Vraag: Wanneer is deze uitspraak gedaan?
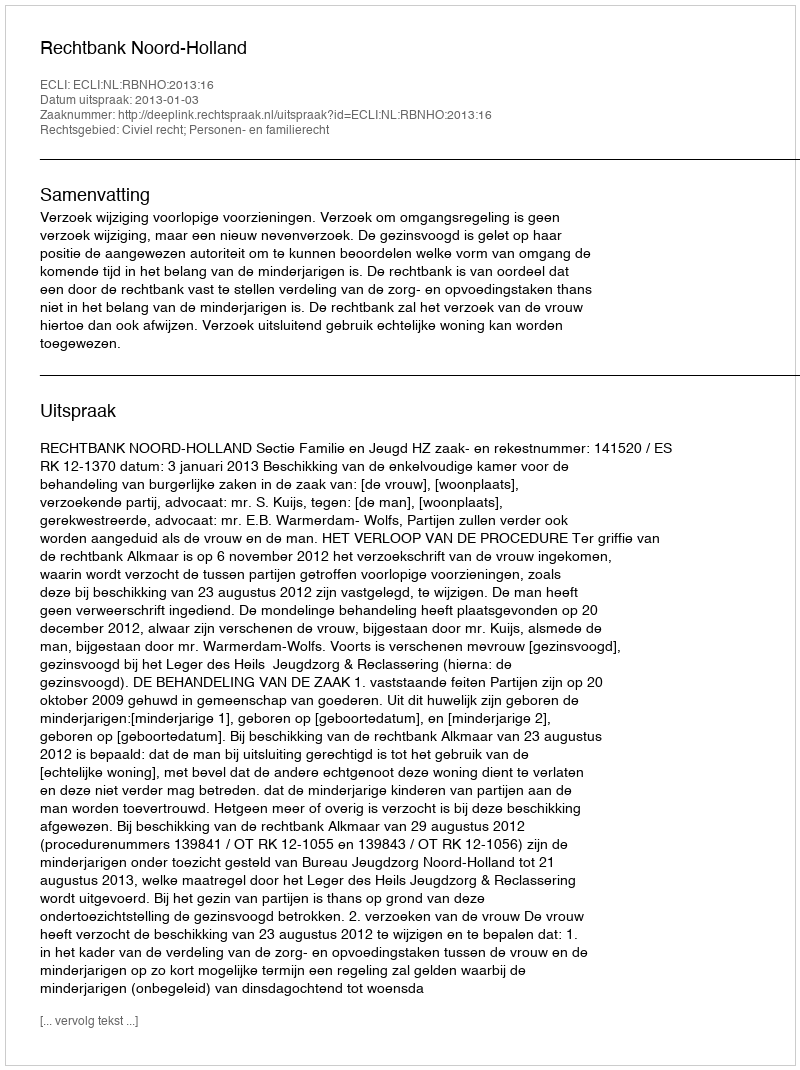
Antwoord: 2013-01-03